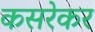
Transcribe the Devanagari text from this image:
कसरेकर